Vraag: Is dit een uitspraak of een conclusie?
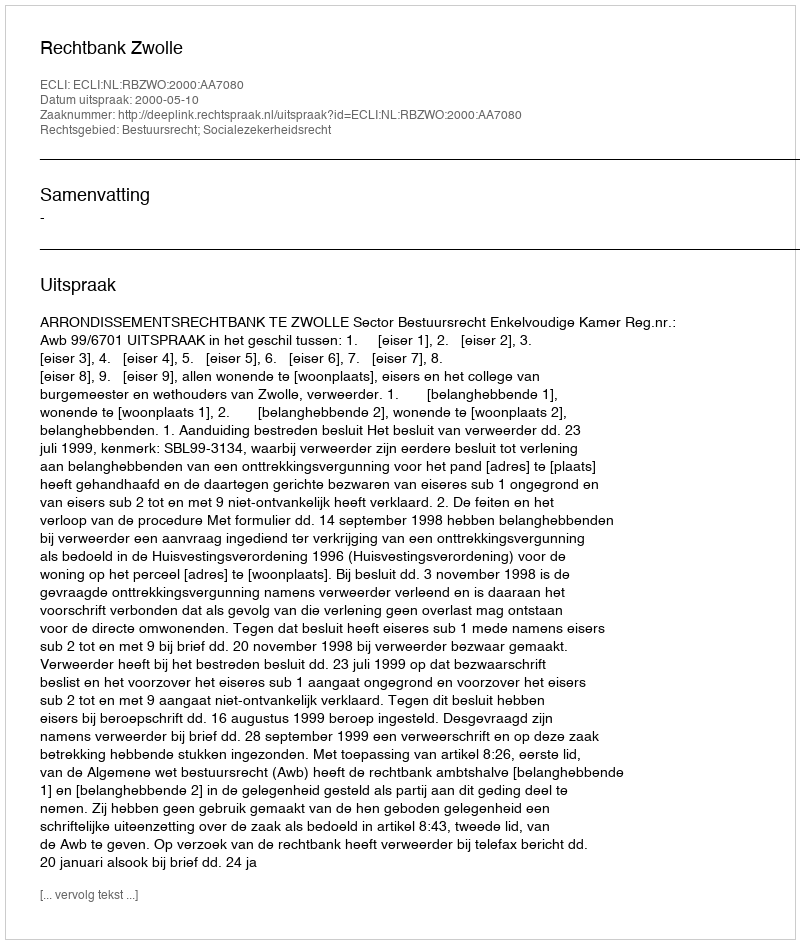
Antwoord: Uitspraak